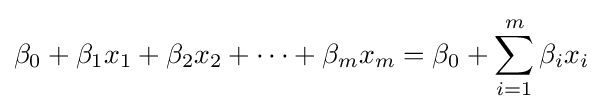
\beta _{0}+\beta _{1}x_{1}+\beta _{2}x_{2}+\cdots +\beta _{m}x_{m}=\beta _{0}+\sum _{i=1}^{m}\beta _{i}x_{i}